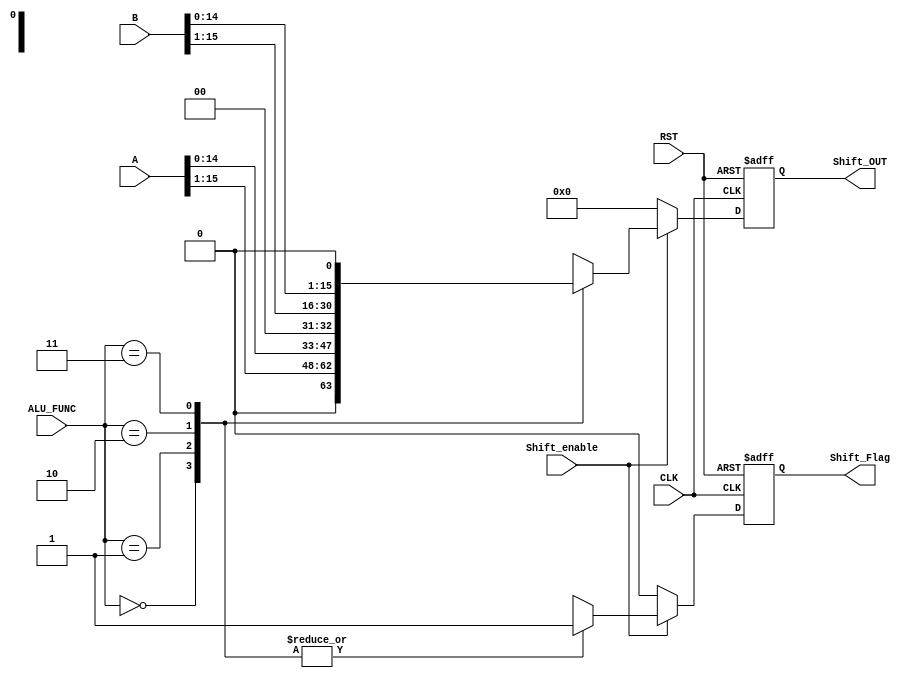
module SHIFT_UNIT 

#( parameter IN_DATA_WIDTH = 16 ,
             OUT_DATA_WIDTH = 16
)

(
input  wire [IN_DATA_WIDTH-1:0]  A   ,
input  wire [IN_DATA_WIDTH-1:0]  B   ,
input  wire [1:0]                ALU_FUNC ,
input  wire                      CLK ,
input  wire                      RST ,
input  wire                      Shift_enable ,
output reg  [OUT_DATA_WIDTH-1:0] Shift_OUT,
output reg                       Shift_Flag
);

//internal signals
reg [OUT_DATA_WIDTH-1:0]  Shift_OUT_comb  ;
reg                       Shift_Flag_comb ;

//sequential always
always @ (posedge CLK or negedge RST)
 begin 
   if (!RST)
     begin
      Shift_OUT  <= 'b0 ;
      Shift_Flag <= 'b0 ;	
	 end
   else
     begin   
      Shift_OUT  <= Shift_OUT_comb ;
      Shift_Flag <= Shift_Flag_comb ;
	 end
 end	

//combinational always	
always @ (*)
 begin 
    Shift_OUT_comb = 1'b0 ;
    Shift_Flag_comb = 1'b0 ;
	if(Shift_enable)
      case (ALU_FUNC)
      2'b00 : begin
              Shift_OUT_comb = A >> 1  ;
              Shift_Flag_comb = 1'b1 ;              
		      end
      2'b01 : begin
              Shift_OUT_comb = A << 1 ;
              Shift_Flag_comb = 1'b1 ;           
		      end
      2'b10 : begin
              Shift_OUT_comb = B >> 1 ;
              Shift_Flag_comb = 1'b1 ;           
		      end
      2'b11 : begin
              Shift_OUT_comb = B << 1 ;
              Shift_Flag_comb = 1'b1 ;           
		      end
      endcase
	else
	 begin
      Shift_OUT_comb = 'b0 ;
      Shift_Flag_comb = 1'b0 ;
     end
 end
 
 endmodule